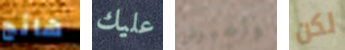
هائج عليك وأخبرني لكن